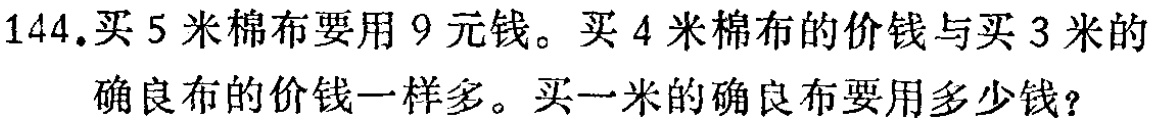
144.买5米棉布要用9元钱。买4米棉布的价钱与买3米的确良布的价钱一样多。买一米的确良布要用多少钱？